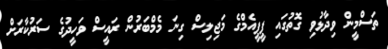
ތަސްމީން ވިދާޅުވި ގޮތުގައި ޕީޕީއެމްގެ މަޖިލިސް ގިނަ މެމްބަރުން ރައީސް ވަހީދުގެ ސަރުކާރަށް